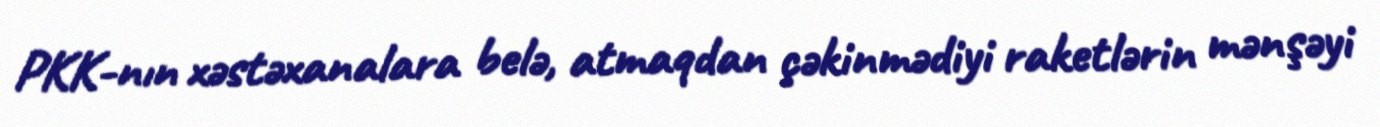
PKK-nın xəstəxanalara belə, atmaqdan çəkinmədiyi raketlərin mənşəyi